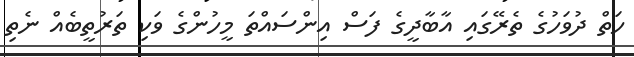
ހަތް ދުވަހުގެ ތެރޭގައި އާބާދީގެ ފަސް އިންސަައްތަ މީހުންގެ ވަކި ތަރުތީބެއް ނެތި